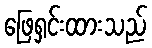
ဖြေရှင်းထားသည်